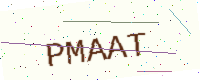
Text: PMAAT